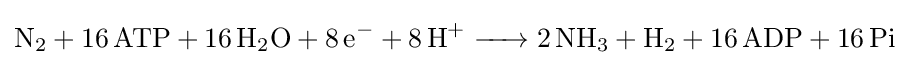
{\ce {N2 + 16ATP + 16H2O + 8e- + 8H+ -> 2NH3 + H2 + 16ADP + 16Pi}}